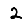
Digit: 2